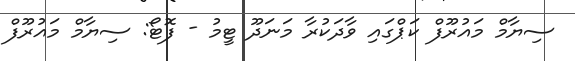
ސިޔާމް މައުރޫފް ކަޕްގައި ވާދަކުރާ މަނަދޫ ޓީމު - ފޮޓޯ: ސިޔާމް މައުރޫފް